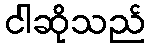
ငါဆိုသည်